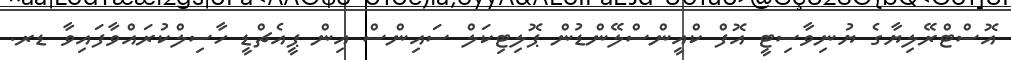
އޮސްޓްރޭލިޔާގެ ޔުނިވާސިޓީ އޮފް ކްއީންސްލޭންޑުން ޕޮލިޓިކަލް ސައިންސް އިން ޕީއެޗްޑީ ހާސިލްކުރައްވާފައިވާ ޑރ.